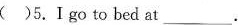
( )5.Ⅰ go to bed at___.